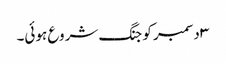
۳ دسمبر کو جنگ شروع ہوئی۔